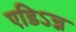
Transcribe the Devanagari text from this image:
एडिऽन्न